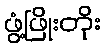
ဖွံ့ဖြိုးတိုး